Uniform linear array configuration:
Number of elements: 48
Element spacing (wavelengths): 1
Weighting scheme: kaiser
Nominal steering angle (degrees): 30
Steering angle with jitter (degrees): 29.916
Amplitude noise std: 0.05
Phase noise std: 0.05

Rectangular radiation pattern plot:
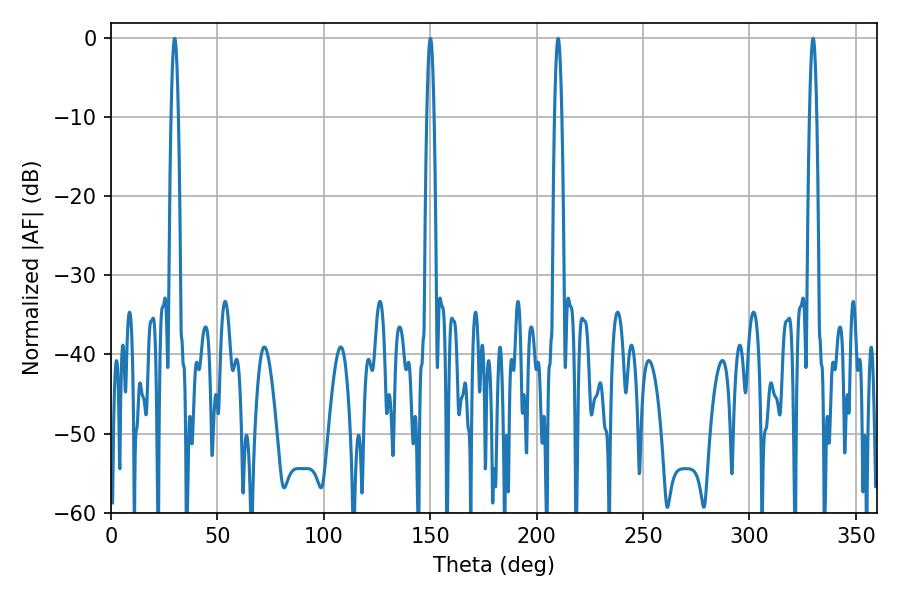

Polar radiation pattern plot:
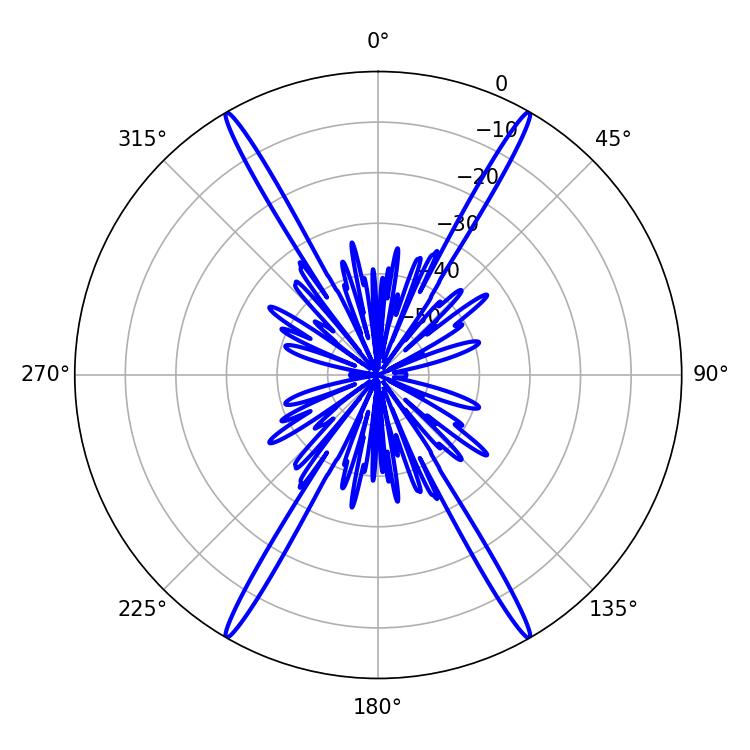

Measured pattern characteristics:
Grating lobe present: TRUE
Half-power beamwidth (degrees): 1.8
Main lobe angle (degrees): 210.06